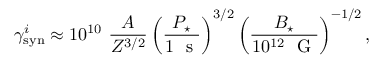
\gamma _ { \mathrm { s y n } } ^ { i } \approx 1 0 ^ { 1 0 } ~ \frac { A } { Z ^ { 3 / 2 } } \left( \frac { P _ { \star } } { 1 ~ \textrm { s } } \right) ^ { 3 / 2 } \left( \frac { B _ { \star } } { 1 0 ^ { 1 2 } ~ \textrm { G } } \right) ^ { - 1 / 2 } ,